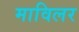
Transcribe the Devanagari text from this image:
माविलर